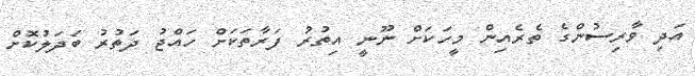
އަދި ވާރިސުންގެ ތެރެއިން މީހަކަށް ނޫނީ އިތުރު ފަރާތަކަށް ހައްޖު ދަތުރު ބަދަލުކޮށް